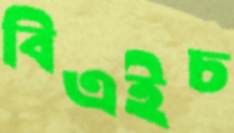
বিএইচ